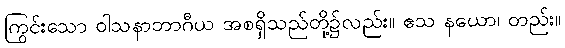
ကြွင်းသော ဝါသနာဘာဂီယ အစရှိသည်တို့၌လည်း။ ဧသ နယော၊ တည်း။